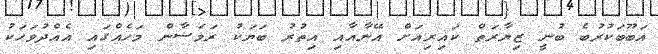
އަބޫބަކުރުބެ ބުނީ ޒިޔާރަތް ކައިރިއަށް އޭނާއާއި އިތުރު ބަޔަކު ރަމަޟާން މަހެއްގައި އެއްދުވަހަކު